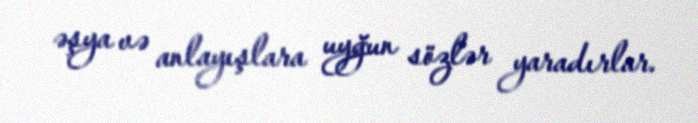
əşya və anlayışlara uyğun sözlər yaradırlar.